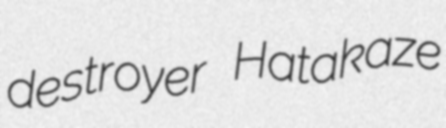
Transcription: destroyer Hatakaze